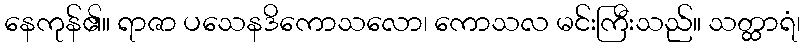
နေကုန်၏။ ရာဇာ ပသေနဒိကောသလော၊ ကောသလ မင်းကြီးသည်။ သတ္ထာရံ၊